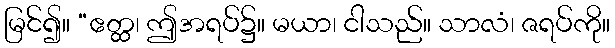
မြင်၍။ “ဧတ္ထ၊ ဤအရပ်၌။ မယာ၊ ငါသည်။ သာလံ၊ ဇရပ်ကို။